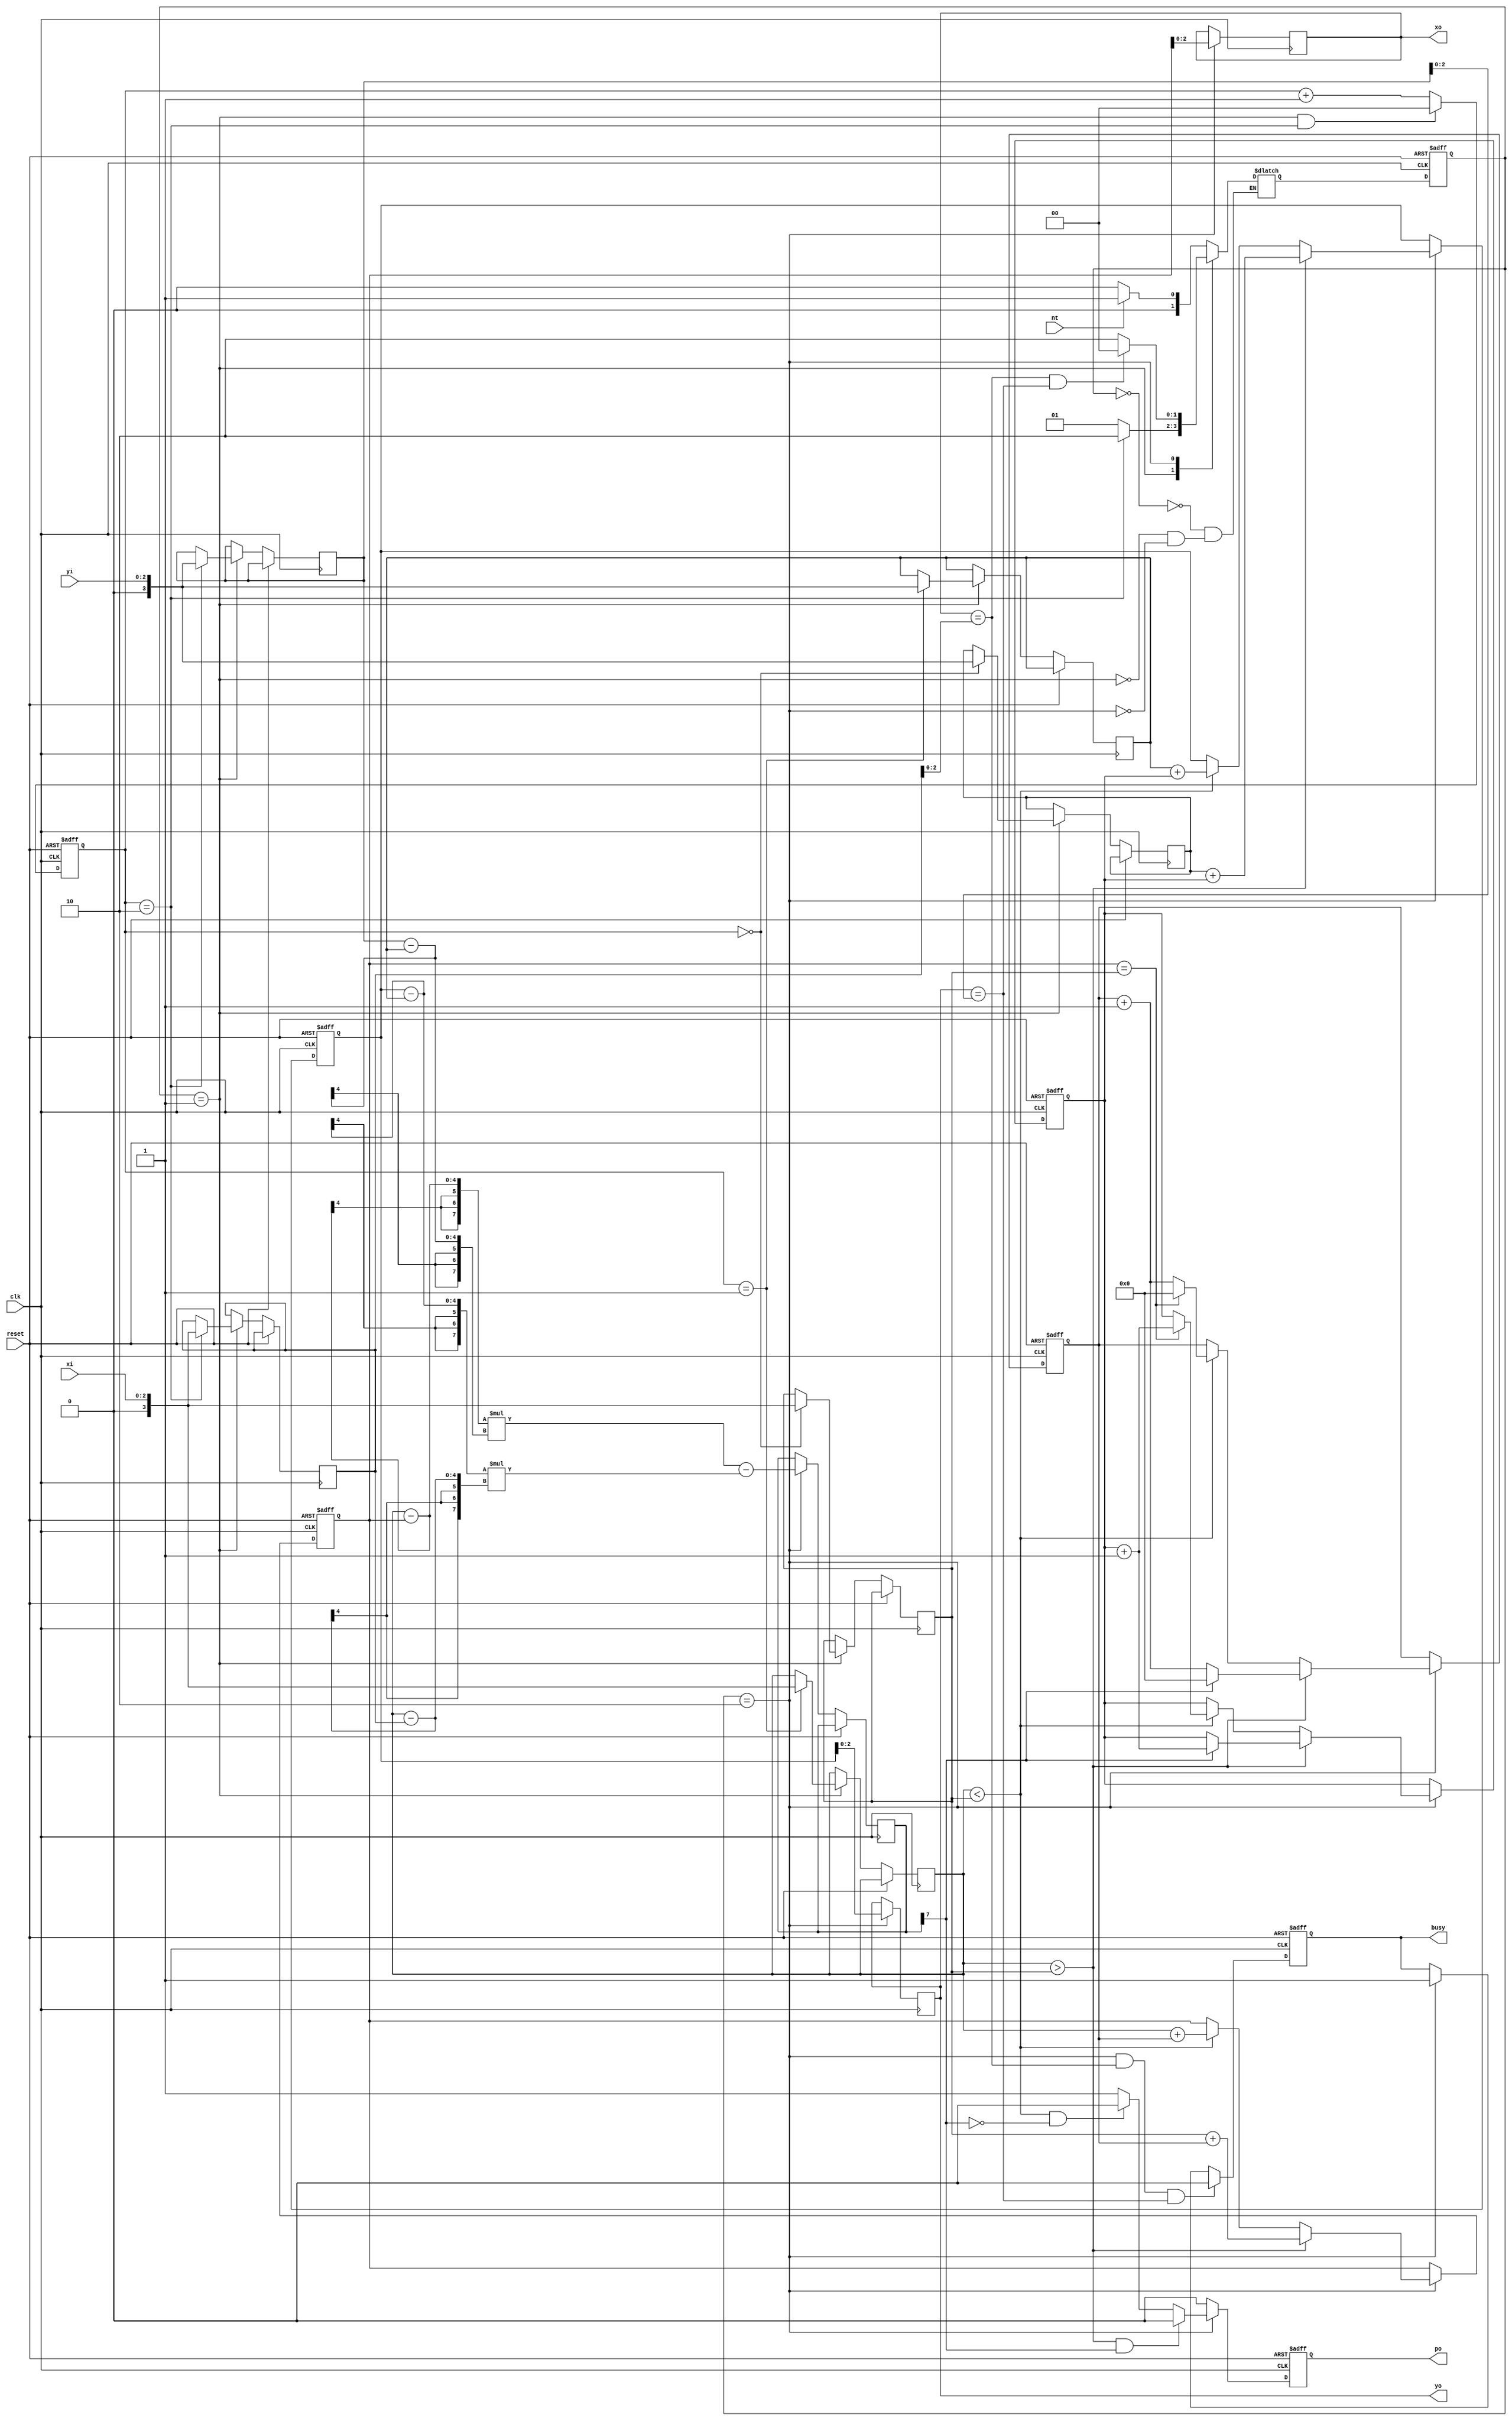
module triangle (clk, reset, nt, xi, yi, busy, po, xo, yo);
  input clk, reset, nt;
  input [2:0] xi, yi;
  output reg busy, po;
  output reg [2:0] xo, yo;
  
reg [1:0] cur_state, next_state;

// state
parameter IDLE = 2'd0;
parameter READ = 2'd1;
parameter WRITE = 2'd2;


reg [3:0] datain_x[0:2];
reg [3:0] datain_y[0:2];
reg [3:0] dataout_x;
reg [3:0] dataout_y;
reg [1:0] cnt;
reg [3:0] x, y;
reg [7:0] isleft;

always@(posedge clk or posedge reset)
begin
    if(reset) cur_state <= IDLE;
    else  cur_state <= next_state;
end

always@(*)
begin
    case(cur_state)
    IDLE:
    begin
        if(nt)
         next_state = READ;
        else
         next_state = IDLE;
    end
    READ:
    begin
        if(cnt == 2'd2)
         next_state = WRITE;
        else
         next_state = READ; 
    end
    WRITE:
    begin
        if(xo == datain_x[2][2:0] && yo == datain_y[2][2:0])
         next_state = IDLE;
        else
         next_state = WRITE;
    end
    endcase
end

// cnt
always@(posedge clk or posedge reset)
begin
    if(reset)
     cnt <= 2'd0;
    else if(cur_state == READ && cnt == 2'd2)
     cnt <= 2'd0;
    else
     cnt <= cnt + 2'd1;
end


// xo yo x y 
always@(posedge clk or posedge reset)
begin
    if(reset)
    begin
        x <= 4'd0;
        y <= 4'd0;
        dataout_x <= 4'd0;
        dataout_y <= 4'd0;
    end
    else
    begin
        case(cur_state)
        READ:
        begin
            datain_x[cnt] <= {1'd0,xi};
            datain_y[cnt] <= {1'd0,yi};
        end
        WRITE:
        begin
            isleft <= (datain_x[1]-dataout_x)*(datain_y[2]-datain_y[1])-(dataout_y-datain_y[1])*(datain_x[1]-datain_x[2]);
            if(datain_x[1] > datain_x[0])
            begin
                dataout_x <= datain_x[0] + x;
                dataout_y <= datain_y[0] + y;
                if(isleft[7])
                begin
                    x <= 4'd0;
                    y <= y + 4'd1;
                end
                else
                begin
                    x <= x + 4'd1;
                    y <= y;
                end
            end
            else if(datain_x[1] < datain_x[0])
            begin
                dataout_x <= datain_x[1] + x;
                dataout_y <= datain_y[1] + y;
                if(dataout_x == datain_x[0])
                begin
                    x <= 4'd0;
                    y <= y + 4'd1;
                end
                else
                begin
                    x <= x + 4'd1;
                    y <= y;
                end
            end
        end
        endcase
    end
end

always@(posedge clk)
begin
    if(cur_state == WRITE)
    begin
        xo <= dataout_x[2:0];
        yo <= dataout_y[2:0];
    end
end

// po
always@(posedge clk or posedge reset)
begin
    if(reset)
     po <= 1'b0;
    else 
    begin
        case(cur_state)
        WRITE:
        begin
            if(datain_x[1] > datain_x[0] && isleft[7] == 1'b1)
             po <= 1'b0;
            else if(datain_x[1] < datain_x[0] && isleft[7] == 1'b0)
             po <= 1'b0;
            else
             po <= 1'b1;
        end
        default:
        begin
            po <= 1'b0;
        end
        endcase
    end
end

// busy
always@(posedge clk or posedge reset)
begin
    if(reset)
     busy <= 1'b0;
    else if(cur_state == WRITE && xo == datain_x[2][2:0] && yo == datain_y[2][2:0])
     busy <= 1'b0;
    else if(cur_state == WRITE)
     busy <= 1'b1;
end
endmodule